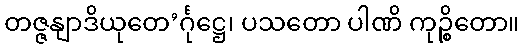
တဇ္ဇနျာဒိယုတေ’င်္ဂုဋ္ဌေ၊ ပသတော ပါဏိ ကုဉ္စိတော။